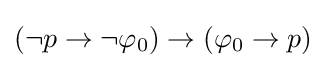
(\neg p\to \neg \varphi _{0})\to (\varphi _{0}\to p)